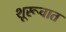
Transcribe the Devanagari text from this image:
शूरूवात